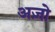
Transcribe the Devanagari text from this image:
अज़ो